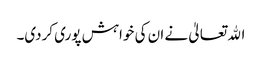
اﷲ تعالیٰ نے ان کی خواہش پوری کردی۔